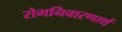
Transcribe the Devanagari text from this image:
रोगनिवारणार्थ